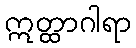
ဣတ္ထာဂါရာ